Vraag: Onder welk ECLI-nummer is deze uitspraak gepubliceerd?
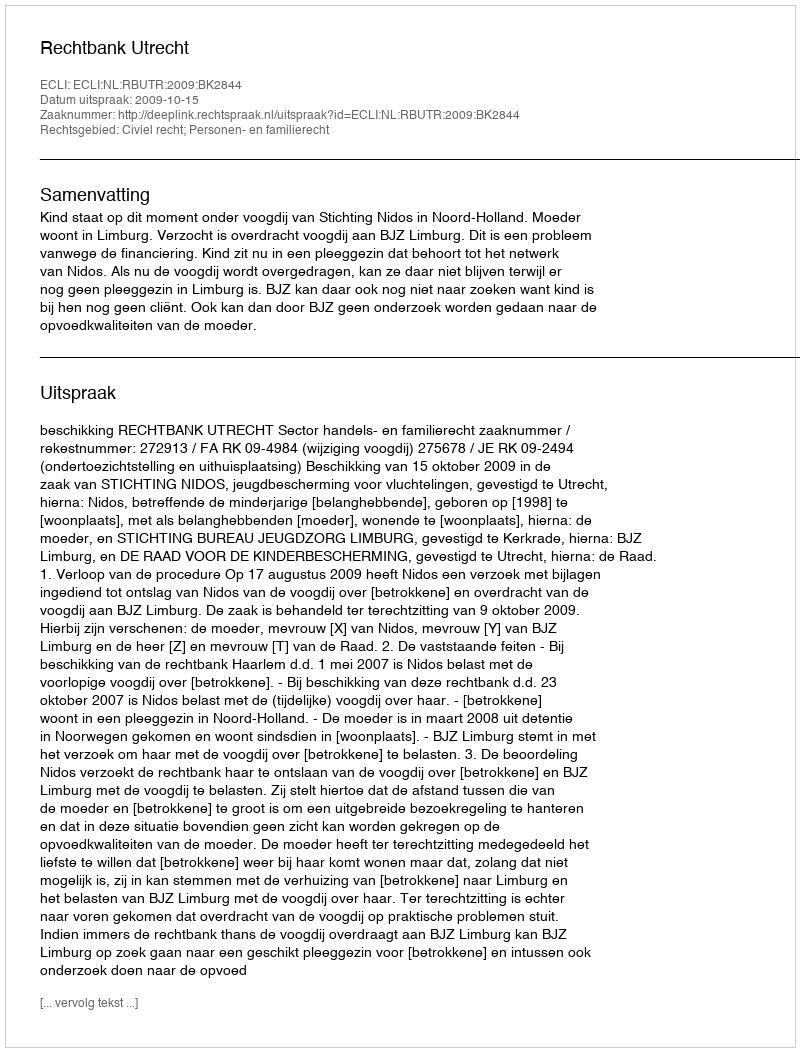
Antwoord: ECLI:NL:RBUTR:2009:BK2844